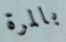
بالمرة